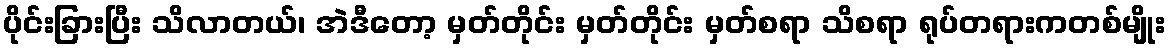
ပိုင်းခြားပြီး သိလာတယ်၊ အဲဒီတော့ မှတ်တိုင်း မှတ်တိုင်း မှတ်စရာ သိစရာ ရုပ်တရားကတစ်မျိုး